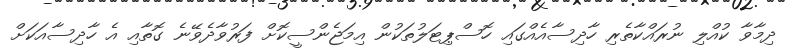
ދިމާވާ ކުއްލި ނުރައްކާތެރި ހާދިސާއެއްގައި ހޮސްޕިޓަލުތަކުން އިމަޖެންސީކޮށް ފަރުވާދެވޭނެ ގޮތާއި އެ ހާދިސާއަކަށް